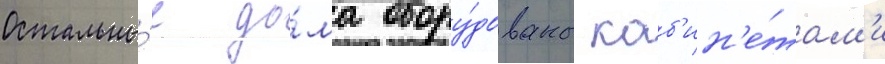
Остальны́е до́ма обору́дованы каб'ин'е́там'и